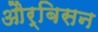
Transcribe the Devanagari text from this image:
और्बिसन